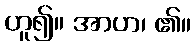
ဟူ၍။ အာဟ၊ ၏။